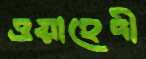
ওয়াহেদী